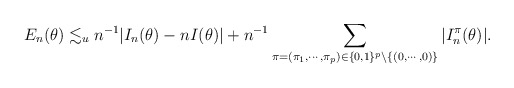
\begin{align*}E_{n}(\theta)\lesssim_{u}n^{-1}|I_{n}(\theta)-nI(\theta)| +n^{-1}\sum_{\pi=(\pi_{1},\cdots,\pi_{p})\in\{0,1\}^{p}\setminus\{(0,\cdots,0)\}}|I_{n}^{\pi}(\theta)|.\end{align*}